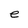
Character: e